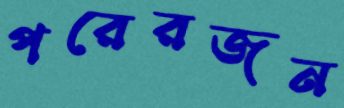
পরেরজন